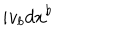
i v _ { b } d x ^ { b }